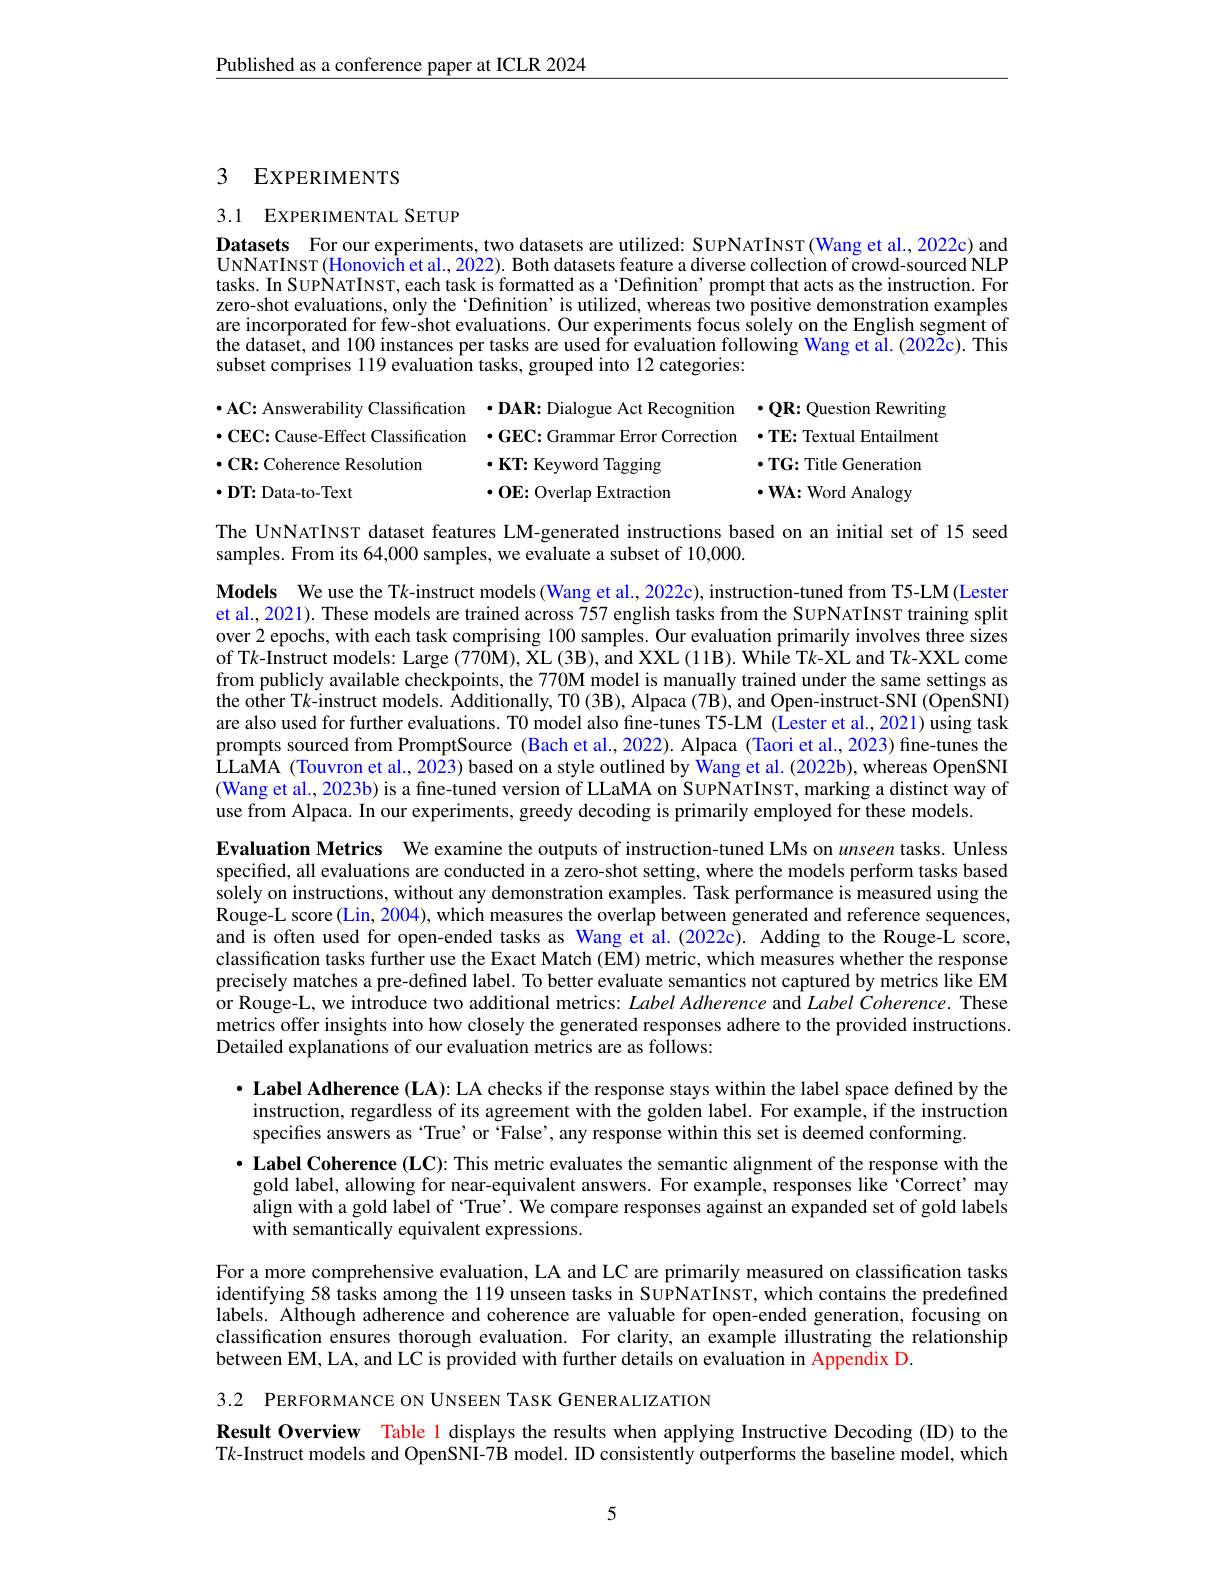
$\underline{\text{Published as a conference paper at ICLR 2024}}$

# 3 EXPERIMENTS

# 3.1 EXPERIMENTAL SETUP

Datasets For our experiments, two datasets are utilized: SUPNATINST(Wang et al., 2022c) and UNNATINST(Honovich et al., 2022). Both datasets feature a diverse collection of crowd-sourced NLP tasks. In SUPNATINST, each task is formatted as a 'Definition' prompt that acts as the instruction. For zero-shot evaluations, only the 'Definition' is utilized, whereas two positive demonstration examples are incorporated for few-shot evaluations. Our experiments focus solely on the English segment of the dataset, and 100 instances per tasks are used for evaluation following Wang et ãl. (2022$\tilde{2}$c). This subset comprises 119 evaluation tasks, grouped into 12 categories:
$\bullet$AC: Answerability Classification ·DAR: Dialogue Act Recognition ·QR: Question Rewriting $•\mathbf{CEC:}$ Cause-Effect Classification $\bullet\mathbf{GEC:}$ Grammar Error Correction ·TE: Textual Entailment $\cdot\mathbf{CR:Coherence~Resolution}$
$\cdot\mathbf{KT:Keyword~Tagging}$
$\cdot\mathbf{TG:Title~Generation}$
$\cdot0$E: Overlap Extraction
$\cdot\mathbf{WA:Word~Analogy}$
$\cdot\mathbf{DT:Data-to-Text}$

The UNNATINST dataset features LM-generated instructions based on an initial set of 15 seed
samples. From its 64,000 samples, we evaluate a subset of 10,000.

Models We use the T$k$-instruct models (Wang et al., 2022c), instruction-tuned from T5-LM(Lester et al., 2021). These models are trained across 757 english tasks from the SUPNATINST training split over 2 epochs, with each task comprising 100 samples. Our evaluation primarily involves three sizes of T$k$-Instruct models: Large (770M), XL (3B), and XXL (11B). While T$k$-XL and T$k$-XXL come from publicly available checkpoints, the 770M model is manually trained under the same settings as the other T$k$-instruct models. Additionally, T$0\left(3\mathbf{B}\right)$, Alpaca (7B), and Open-instruct-SNI (OpenSNI) are also used for further evaluations. T0 model also fine-tunes T5-LM (Lester et al., 2021) using task prompts sourced from PromptSource (Bach et al., 2022). Alpaca (Taori et al., 2023) fine-tunes the LLaMA (Touvron et al., 2023) based on a style outlined by Wang et al. (2022b), whereas OpenSNI (Wang et al., 2023b) is a fine-tuned version of LLaMA on SUPNATINST, marking a distinct way of use from Alpaca. In our experiments, greedy decoding is primarily employed for these models.

Evaluation Metrics We examine the outputs of instruction-tuned LMs on unseen tasks. Unless specified, all evaluations are conducted in a zero-shot setting, where the models perform tasks based $\hat{\text{solely on instructions, without any demonstration examples. Task performance is measured using the}}$ Rouge-L score (Lin, 2004), which measures the overlap between generated and reference sequences, and is often used for open-ended tasks as Wang et al.(2022c). Adding to the Rouge-L score, classification tasks further use the Exact Match (EM) metric, which measures whether the response precisely matches a pre-defined label. To better evaluate semantics not captured by metrics like EM or Rouge-L, we introduce two additional metrics: Label Adherence and Label Coherence. These metrics offer insights into how closely the generated responses adhere to the provided instructions. Detailed explanations of our evaluation metrics are as follows:

$\bullet$ Label Adherence (LA): LA checks if the response stays within the label space defined by the instruction, regardless of its agreement with the golden label. For example, if the instruction specifies answers as "True' or ‘False’, any response within this set is deemed conforming.

$\cdot$ Label Coherence (LC): This metric evaluates the semantic alignment of the response with the gold label, allowing for near-equivalent answers. For example, responses like `Correct' may align with a gold label of “True’. We compare responses against an expanded set of gold labels with semantically equivalent expressions.

For a more comprehensive evaluation, LA and LC are primarily measured on classification tasks identifying 58 tasks among the 119 unseen tasks in SUPNATINST, which contains the predefined labels. Although adherence and coherence are valuable for open-ended generation, focusing on classification ensures thorough evaluation. For clarity, an example illustrating the relationship between EM, LA, and LC is provided with further details on evaluation in Appendix D.

3.2 PERFORMANCE ON UNSEEN TASK GENERALIZATION

Result Overview Table l displays the results when applying Instructive Decoding (ID) to the T$k$-Instruct models and OpenSNI-7B model. ID consistently outperforms the baseline model, which

5